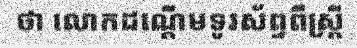
ថា លោកដណ្តើមទូរស័ព្ទពីស្ត្រី